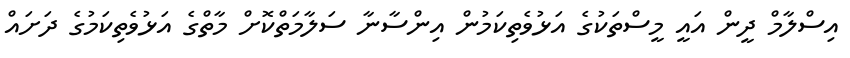
އިސްލާމް ދީން އައީ މީސްތަކުގެ އަޅުވެތިކަމުން އިންސާނާ ސަލާމަތްކޮށް މާތްގެ އަޅުވެތިކަމުގެ ދަށައް